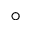
^ \circ